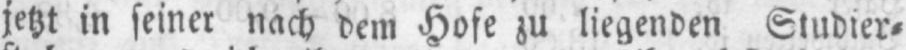
jetzt in seiner nach dem Hofe zu liegenden Studier⸗